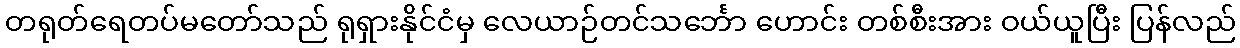
တရုတ်ရေတပ်မတော်သည် ရုရှားနိုင်ငံမှ လေယာဉ်တင်သင်္ဘော ဟောင်း တစ်စီးအား ဝယ်ယူပြီး ပြန်လည်